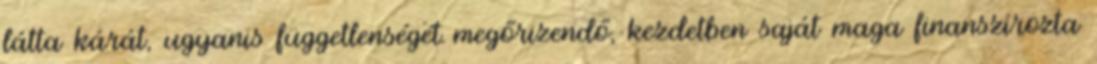
látta kárát, ugyanis függetlenségét megőrizendő, kezdetben saját maga finanszírozta